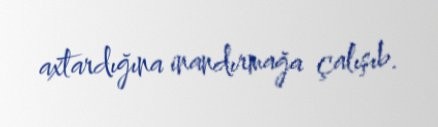
axtardığına inandırmağa çalışıb.